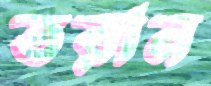
তরান